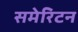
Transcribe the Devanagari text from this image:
समेरिटन